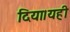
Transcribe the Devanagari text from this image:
दिया।यही